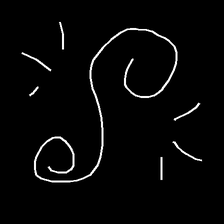
Glyph: wind-directs-air